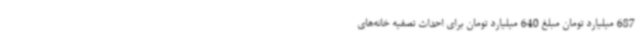
687 میلیارد تومان مبلغ 640 میلیارد تومان برای احداث تصفیه خانه‌های